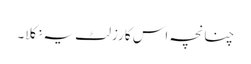
چنانچہ اس کا رزلٹ یہ نکلا۔